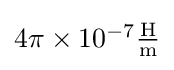
{\textstyle 4\pi \times 10^{-7}\mathrm {\frac {H}{m}} }